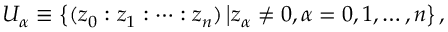
U _ { \alpha } \equiv \left\{ ( z _ { 0 } : z _ { 1 } : \dots : z _ { n } ) \left\vert z _ { \alpha } \neq 0 , \alpha = 0 , 1 , \dots , n \right\} , \right.